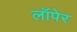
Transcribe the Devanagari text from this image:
लॉपेर